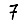
Digit: 7